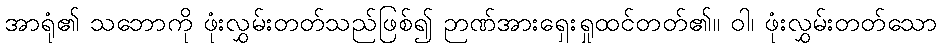
အာရုံ၏ သဘောကို ဖုံးလွှမ်းတတ်သည်ဖြစ်၍ ဉာဏ်အားရှေးရှုထင်တတ်၏။ ဝါ၊ ဖုံးလွှမ်းတတ်သော